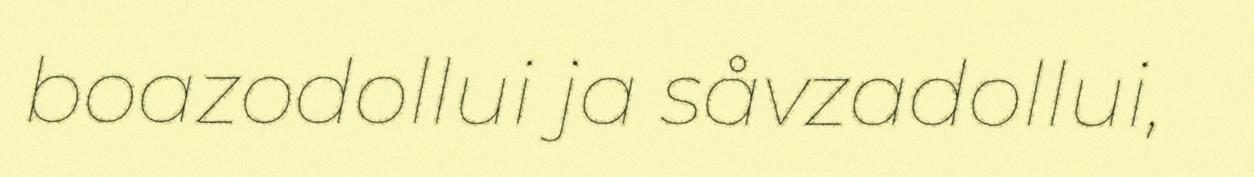
boazodollui ja såvzadollui,